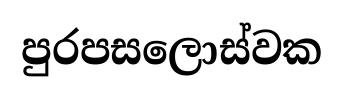
පුරපසලොස්වක